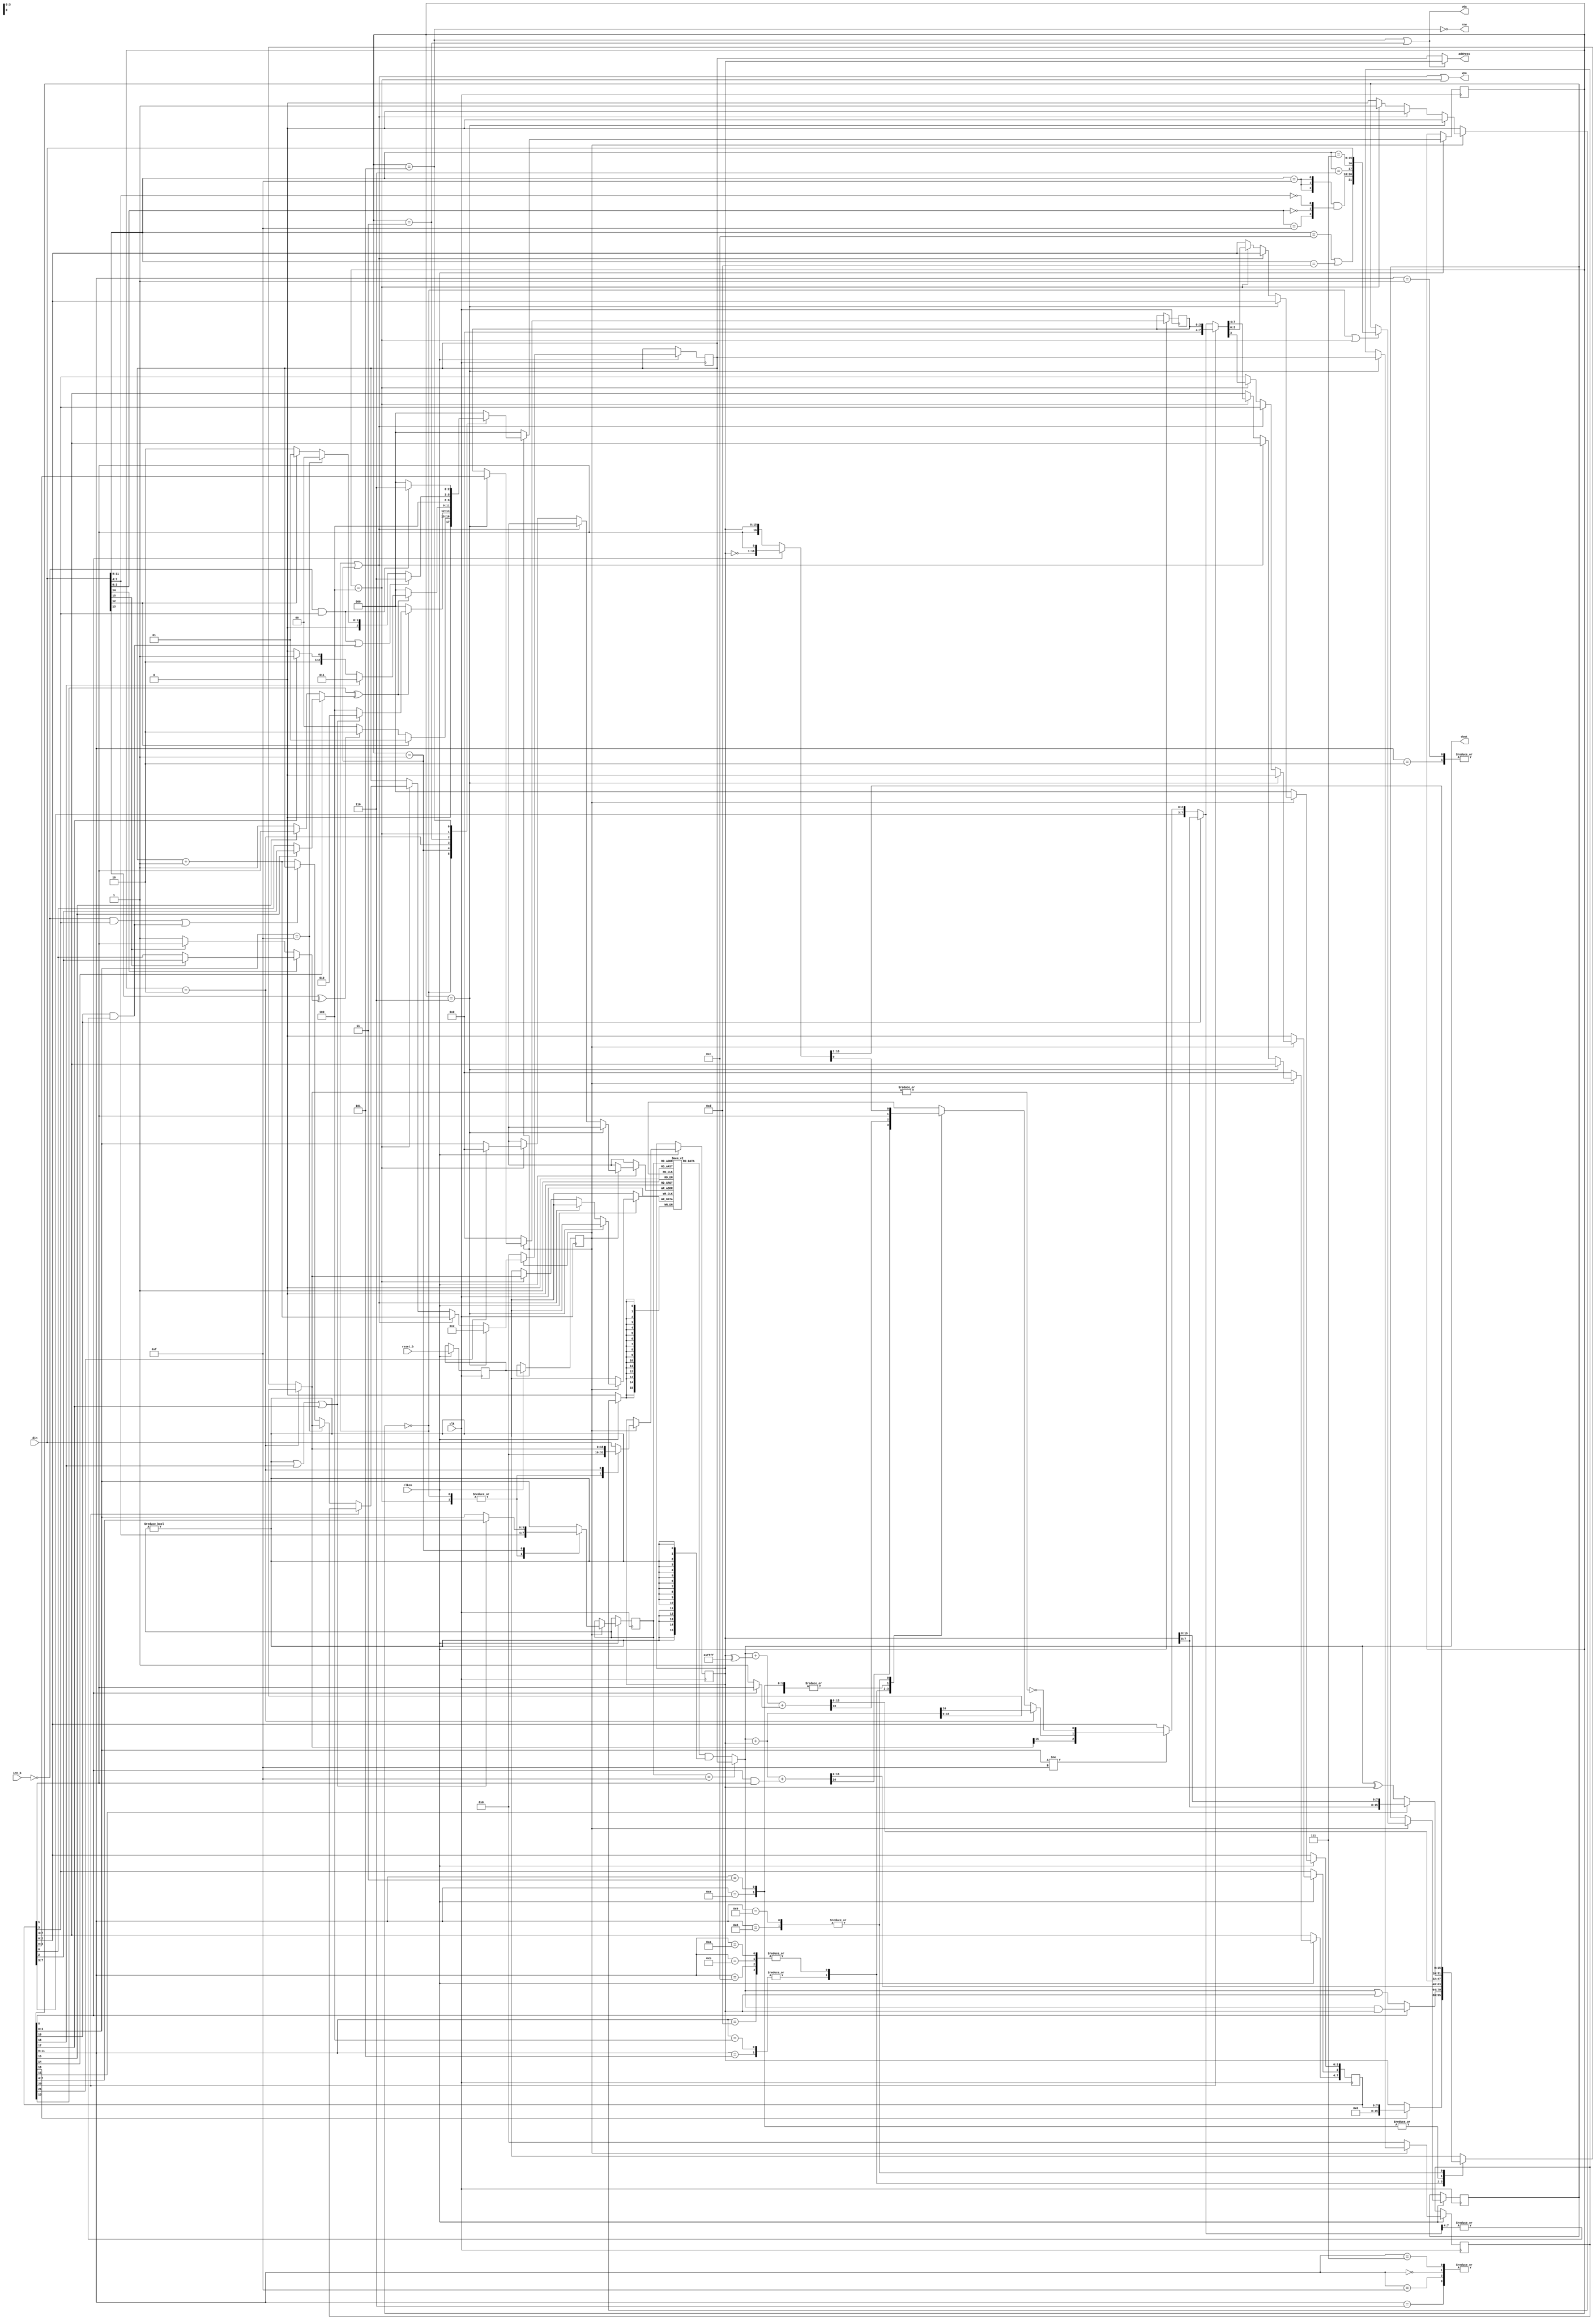
module opc5lscpu( input[15:0] din, input clk, input reset_b, input int_b, input clken, output vpa, output vda, output[15:0] dout, output[15:0] address, output rnw);
    parameter MOV=4'h0,AND=4'h1,OR=4'h2,XOR=4'h3,ADD=4'h4,ADC=4'h5,STO=4'h6,LD=4'h7,ROR=4'h8,NOT=4'h9,SUB=4'hA,SBC=4'hB,CMP=4'hC,CMPC=4'hD,BSWP=4'hE,PSR=4'hF;
    parameter FETCH0=3'h0,FETCH1=3'h1,EA_ED=3'h2,RDMEM=3'h3,EXEC=3'h4,WRMEM=3'h5,INT=3'h6 ;
    parameter EI=3,S=2,C=1,Z=0,P0=15,P1=14,P2=13,IRLEN=12,IRLD=16,IRSTO=17,IRGETPSR=18,IRPUTPSR=19,IRRTI=20,IRCMP=21,INT_VECTOR=16'h0002;
    reg [15:0] OR_q,PC_q,PCI_q,result;
    reg [21:0] IR_q; (* RAM_STYLE="DISTRIBUTED" *)
    reg [15:0] sprf_q[15:0];
    reg [2:0]  FSM_q;
    reg [3:0]  sprf_radr_q,swiid,PSRI_q;
    reg [7:0]  PSR_q ;
    reg        zero,carry,sign,enable_int,reset_s0_b,reset_s1_b;
    wire predicate 	          = IR_q[P2] ^ (IR_q[P1]?(IR_q[P0]?PSR_q[S]:PSR_q[Z]):(IR_q[P0]?PSR_q[C]:1));
    wire predicate_din 	      = din[P2] ^ (din[P1]?(din[P0]?PSR_q[S]:PSR_q[Z]):(din[P0]?PSR_q[C]:1));
    wire [15:0] sprf_dout     = (sprf_radr_q==4'hF)?PC_q:(sprf_q[sprf_radr_q] & {16{(sprf_radr_q!=4'h0)}});
    assign {rnw,dout,address} = {!(FSM_q==WRMEM),sprf_dout,(FSM_q==WRMEM || FSM_q == RDMEM)?OR_q:PC_q };
    assign {vpa,vda}          = {((FSM_q==FETCH0)||(FSM_q==FETCH1)||(FSM_q==EXEC)),((FSM_q==RDMEM)||(FSM_q==WRMEM)) };
    always @(*)
        begin
            if (FSM_q==EA_ED)
                {carry,result} = sprf_dout + OR_q; // carry is dont care in this state
            else
                case (IR_q[11:8])    // no real need for STO entry but include it so all instructions are covered,no need for default
                    LD,MOV,PSR,STO   :{carry,result} = {PSR_q[C],(IR_q[IRGETPSR])?{8'b0,PSR_q}:OR_q} ;
                    AND,OR           :{carry,result} = {PSR_q[C],(IR_q[8])?(sprf_dout & OR_q):(sprf_dout | OR_q)};
                    ADD,ADC          :{carry,result} = sprf_dout + OR_q + (IR_q[8] & PSR_q[C]);
                    SUB,SBC,CMP,CMPC :{carry,result} = sprf_dout + (OR_q ^ 16'hFFFF) + ((IR_q[8])?PSR_q[C]:1);
                    XOR,BSWP         :{carry,result} = {PSR_q[C],(!IR_q[11])?(sprf_dout ^ OR_q):{OR_q[7:0],OR_q[15:8] }};
                    NOT,ROR          :{result,carry} = (IR_q[8])?{~OR_q,PSR_q[C]}:{PSR_q[C],OR_q} ;
                endcase // case (IR_q)
            {swiid,enable_int,sign,carry,zero} = (IR_q[IRPUTPSR])?OR_q[7:0]:(IR_q[3:0]!=4'hF)?{PSR_q[7:3],result[15],carry,!(|result)}:PSR_q;
        end
    always @(posedge clk)
        if (clken) begin
            {reset_s0_b,reset_s1_b} <= {reset_b,reset_s0_b};
            if (!reset_s1_b)
                {PC_q,PCI_q,PSRI_q,PSR_q,FSM_q} <= 0;
            else begin
                case (FSM_q)
                    FETCH0 :FSM_q <= (din[IRLEN])?FETCH1:(!predicate_din)?FETCH0:EA_ED;
                    FETCH1 :FSM_q <= (!predicate)?FETCH0:((sprf_radr_q!=0) || IR_q[IRLD] || IR_q[IRSTO])?EA_ED:EXEC;
                    EA_ED  :FSM_q <= (!predicate)?FETCH0:(IR_q[IRLD])?RDMEM:(IR_q[IRSTO])?WRMEM:EXEC;
                    RDMEM  :FSM_q <= EXEC;
                    EXEC   :FSM_q <= ((!int_b & PSR_q[EI])||(IR_q[IRPUTPSR] && (|swiid)))?INT:(IR_q[3:0]==4'hF)?FETCH0:(din[IRLEN])?FETCH1:EA_ED;
                    WRMEM  :FSM_q <= (!int_b & PSR_q[EI])?INT:FETCH0;
                    default:FSM_q <= FETCH0;
                endcase // case (FSM_q)
                case(FSM_q)
                    FETCH0,EXEC:{sprf_radr_q,OR_q } <= {din[7:4],16'b0};
                    FETCH1     :{sprf_radr_q,OR_q } <= {(((sprf_radr_q!=0) || IR_q[IRLD] || IR_q[IRSTO])?IR_q[7:4]:IR_q[3:0]),din};
                    EA_ED      :{sprf_radr_q,OR_q } <= {IR_q[3:0],result}; // use ALU to compute effective address/data
                    default    :{sprf_radr_q,OR_q } <= {IR_q[3:0],din};
                endcase // case (FSM_q)
                if (FSM_q == INT)
                    {PC_q,PCI_q,PSRI_q,PSR_q[EI]} <= {INT_VECTOR,PC_q,PSR_q[3:0],1'b0} ; // Always clear EI on taking interrupt
                else if (FSM_q == FETCH0 || FSM_q == FETCH1)
                    PC_q <= PC_q + 1;
                else if (FSM_q == EXEC) begin
                    PC_q <= (IR_q[IRRTI])?PCI_q:(IR_q[3:0]==4'hF)?result:((!int_b && PSR_q[EI]) || (IR_q[IRPUTPSR] && (|swiid)))?PC_q:PC_q + 1;
                    PSR_q <= (IR_q[IRRTI])?{4'b0,PSRI_q}:{swiid,enable_int,sign,carry,zero}; // Clear SWI bits on return
                    sprf_q[(IR_q[IRCMP])?4'b0:IR_q[3:0]] <= result ;
                end
                if (FSM_q == FETCH0 || FSM_q == EXEC)
                    IR_q <= {((din[11:8]==CMP)||(din[11:8]==CMPC)),{3{(din[11:8]==PSR)}}&{(din[3:0]==4'hF),(din[3:0]==4'h0),(din[7:4]==4'b0)},(din[11:8]==STO),(din[11:8]==LD),din};
            end
        end
endmodule